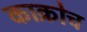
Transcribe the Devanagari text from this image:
काक्रोच